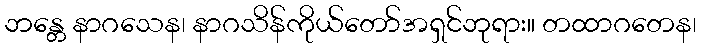
ဘန္တေ နာဂသေန၊ နာဂသိန်ကိုယ်တော်အရှင်ဘုရား။ တထာဂတေန၊